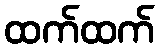
ထက်ထက်